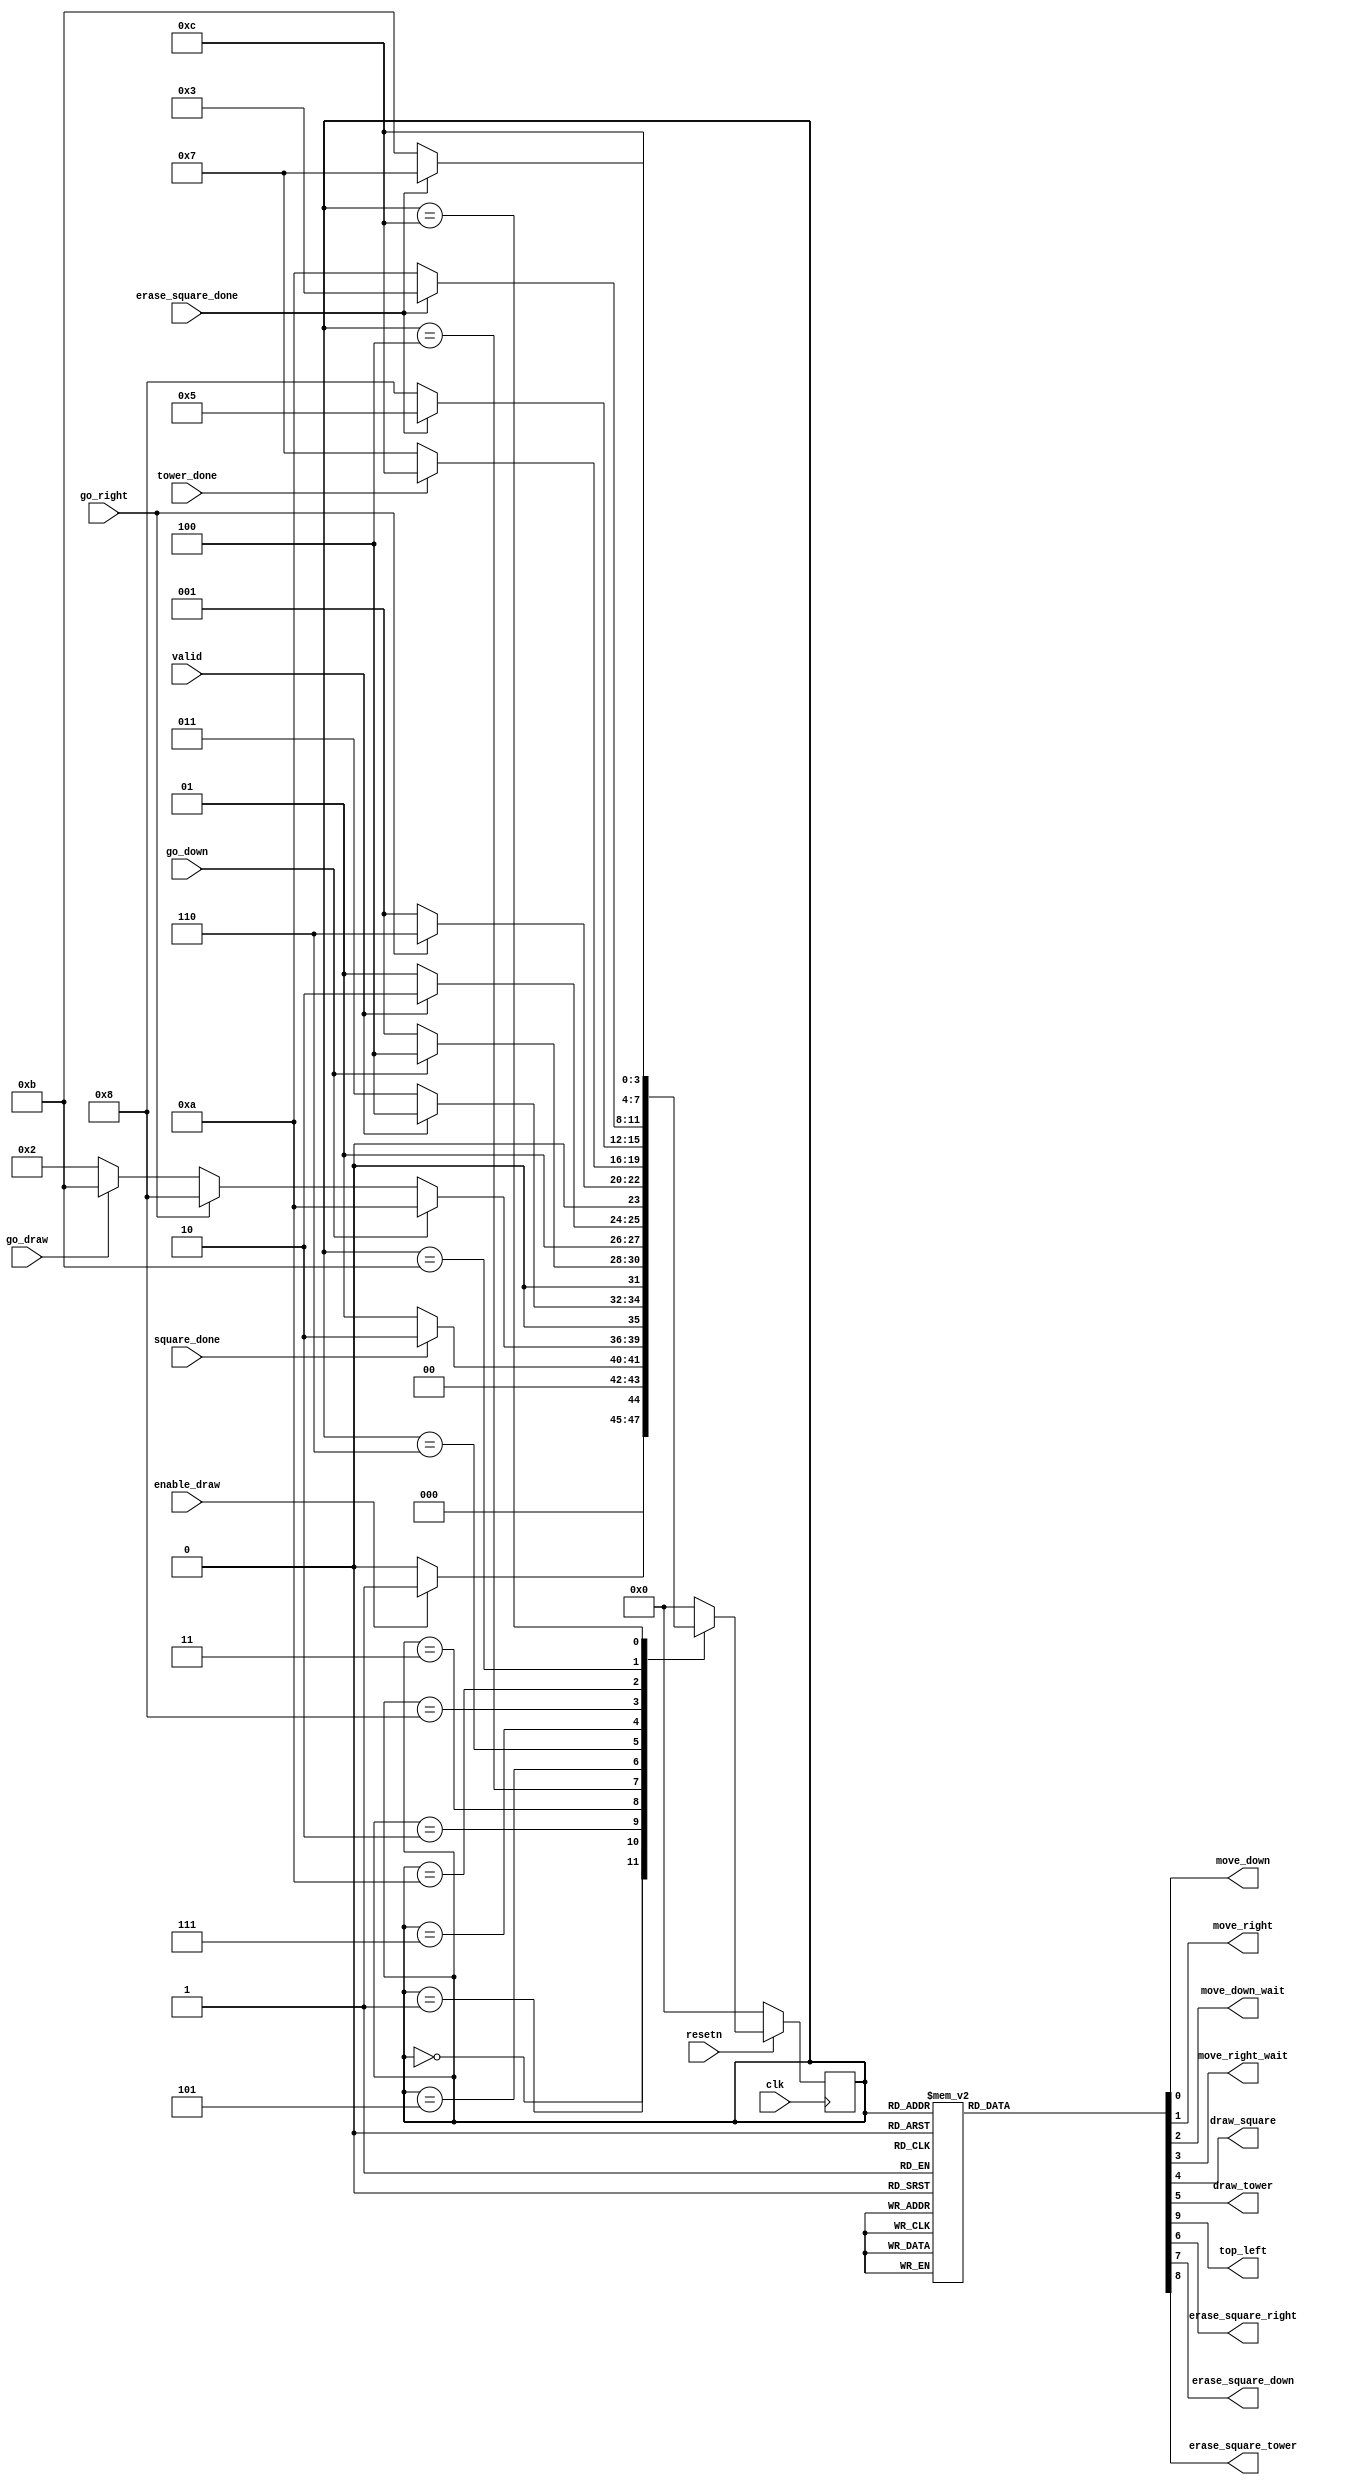
module control_towerplacer(
		input clk,
		input resetn,
		input go_down, // ~KEY[0]
		input go_right, // ~KEY[1]
		input go_draw, // ~KEY[2]
		input valid,
        input square_done,
        input erase_square_done,
        input tower_done,
        input enable_draw,

		output reg move_down, 
        output reg move_right, 
        output reg move_down_wait, 
        output reg move_right_wait, 
        output reg draw_square, 
        output reg draw_tower, 
        output reg top_left,
        output reg erase_square_right,
        output reg erase_square_down,
        output reg erase_square_tower
   );
	 
	reg [3:0] current_state, next_state; 
	 
	localparam TOP_LEFT        	  = 5'd0,
               DRAW_SQUARE         = 5'd1,
               WAIT	              = 5'd2,
               MOVE_DOWN	        = 5'd3,
               MOVE_DOWN_WAIT      = 5'd4,
               MOVE_RIGHT          = 5'd5,
               MOVE_RIGHT_WAIT     = 5'd6,
               DRAW_TOWER   	     = 5'd7,
               ERASE_SQUARE_RIGHT  = 5'd8,
               ERASE_SQUARE_DOWN   = 5'd10,
               ERASE_SQUARE_TOWER  = 5'd11,
					DRAW_TOWER_DONE     = 5'd12;
	
   always @ (*)
   begin: state_table 
		case (current_state)
                TOP_LEFT: begin
                   if(enable_draw)
                        next_state = DRAW_SQUARE;
                    else
                        next_state = TOP_LEFT;
                end
                DRAW_SQUARE: begin
                    if(square_done)
                        next_state = WAIT;
                    else
                        next_state = DRAW_SQUARE;
                end
                WAIT: begin // wait for user keypress and then move to corresponding state
                    if (go_down == 1'b1)
                        next_state = ERASE_SQUARE_DOWN;
                    else if (go_right == 1'b1)
                        next_state = ERASE_SQUARE_RIGHT;
                    else if (go_draw == 1'b1)
                        next_state = ERASE_SQUARE_TOWER;
                    else
                        next_state = WAIT;
					end
					MOVE_DOWN: begin // continue moving down until the tile is valid
                    if(valid)
                        next_state = MOVE_DOWN_WAIT;
                    else
                        next_state = MOVE_DOWN;
                end                 
                MOVE_DOWN_WAIT: begin // wait for user to release go_down key
                    if(go_down)
                        next_state = MOVE_DOWN_WAIT;
                    else
                        next_state = DRAW_SQUARE;
                end
                MOVE_RIGHT: begin // continue moving right until the tile is valid
                    if(valid)
                        next_state = MOVE_RIGHT_WAIT;
                    else
                        next_state = MOVE_RIGHT;
                end              
                MOVE_RIGHT_WAIT: begin // wait for user to release go_right key
                    if(go_right)
                        next_state = MOVE_RIGHT_WAIT;
                    else
                        next_state = DRAW_SQUARE;
                end
                DRAW_TOWER: begin // TEMPORARILY RETURN TO RESET AFTER DRAWING TOWER
                    if(tower_done)
                        next_state = DRAW_TOWER_DONE;
                    else
                        next_state = DRAW_TOWER;
                end
                ERASE_SQUARE_RIGHT: begin //Erase current cell's square before moving right
                    if(erase_square_done)
                        next_state = MOVE_RIGHT;
                    else
                        next_state = ERASE_SQUARE_RIGHT;
                end
                ERASE_SQUARE_DOWN: begin //Erase current cell's square before moving down
                    if(erase_square_done)
                        next_state = MOVE_DOWN;
                    else
                        next_state = ERASE_SQUARE_DOWN;
                end
                ERASE_SQUARE_TOWER: begin
                    if(erase_square_done)
                        next_state = DRAW_TOWER;
                    else
                        next_state = ERASE_SQUARE_TOWER;
                end
					 DRAW_TOWER_DONE: next_state = DRAW_TOWER_DONE;
            default: next_state = TOP_LEFT;
		endcase // state table
	end
	
	
    // Output logic aka all of our datapath control signals
    always @(*)
    begin: enable_signals
        // By default make all our signals 0 to avoid latches.
		  
        top_left = 1'b0;
        draw_square = 1'b0;
        move_down = 1'b0;
        move_right = 1'b0;
        draw_tower = 1'b0;
        move_down_wait = 1'b0;
        move_right_wait = 1'b0;
        draw_tower = 1'b0;
        erase_square_down = 1'b0;
        erase_square_right = 1'b0;
        erase_square_tower = 1'b0;

        case (current_state)
            TOP_LEFT: begin
                top_left = 1'b1;
            end
            DRAW_SQUARE: begin
                draw_square = 1'b1;
            end
            MOVE_DOWN: begin
                move_down = 1'b1;
            end
				MOVE_RIGHT: begin
                move_right = 1'b1;
            end
				MOVE_DOWN_WAIT: begin
                move_down_wait = 1'b1;
            end
				MOVE_RIGHT_WAIT: begin
                move_right_wait = 1'b1;
            end
				DRAW_TOWER: begin // Do A <- A + c
			    draw_tower = 1'b1;
            end
            ERASE_SQUARE_DOWN: begin
                erase_square_down = 1'b1;
            end
            ERASE_SQUARE_RIGHT: begin
                erase_square_right = 1'b1;
            end
            ERASE_SQUARE_TOWER: begin
                erase_square_tower = 1'b1;
            end
        // default:    // don't need default since we already made sure all of our outputs were assigned a value at the start of the always block
        endcase
    end // enable_signals
	 
	 // current_state registers
    always@(posedge clk)
    begin: state_FFs
        if(!resetn)
            current_state <= TOP_LEFT;
        else
            current_state <= next_state;
    end // state_FFS
endmodule